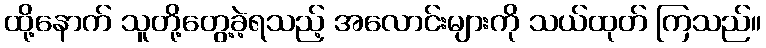
ထို့နောက် သူတို့တွေ့ခဲ့ရသည့် အလောင်းများကို သယ်ထုတ် ကြသည်။